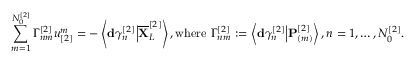
\sum _ { m = 1 } ^ { N _ { 0 } ^ { [ 2 ] } } \Gamma _ { n m } ^ { [ 2 ] } u _ { [ 2 ] } ^ { m } = - \left\langle \mathbf { d } \gamma _ { n } ^ { [ 2 ] } \Big \vert \overline { { \mathbf { X } } } _ { L } ^ { [ 2 ] } \right\rangle , \mathrm { w h e r e ~ } \Gamma _ { n m } ^ { [ 2 ] } : = \left\langle \mathbf { d } \gamma _ { n } ^ { [ 2 ] } \Big \vert \mathbf { P } _ { ( m ) } ^ { [ 2 ] } \right\rangle , n = 1 , \dots , N _ { 0 } ^ { [ 2 ] } .